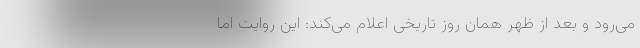
می‌رود و بعد از ظهر‌‌ همان روز تاریخی اعلام می‌کند: این روایت اما